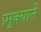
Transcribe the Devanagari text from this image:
प्र्मुक्याने